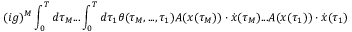
( i g ) ^ { M } \int _ { 0 } ^ { T } d \tau _ { M } . . . \int _ { 0 } ^ { T } d \tau _ { 1 } \theta ( \tau _ { M } , . . . , \tau _ { 1 } ) A ( x ( \tau _ { M } ) ) \cdot \dot { x } ( \tau _ { M } ) . . . A ( x ( \tau _ { 1 } ) ) \cdot \dot { x } ( \tau _ { 1 } )